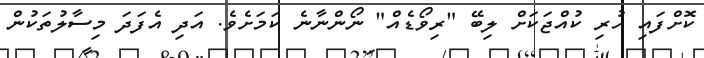
ކޮށްފައި ހުރި ކުއްޖަކަށް ލިބޭ "ރިވޯޑެއް" ނޯންނާނެ ކަމަށެވެ. އަދި އެފަދަ މިސާލުތަކުން